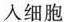
入细胞